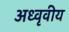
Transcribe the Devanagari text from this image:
अध्वृवीय